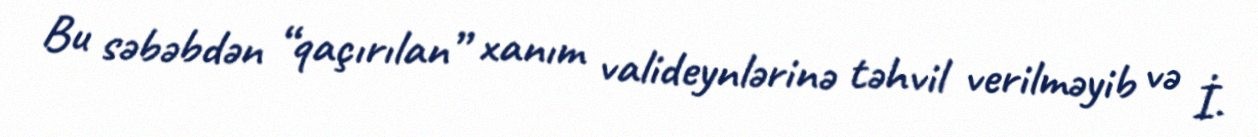
Bu səbəbdən “qaçırılan” xanım valideynlərinə təhvil verilməyib və İ.